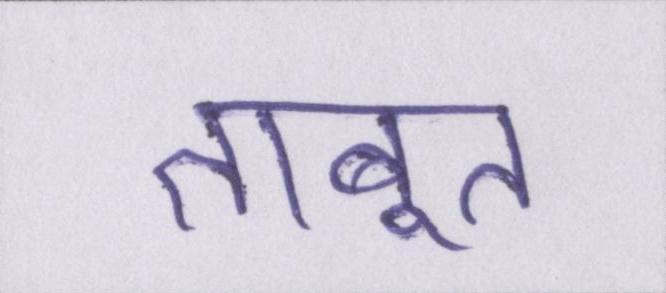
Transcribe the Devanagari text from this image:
ताबूत